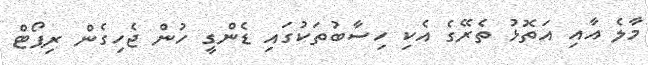
މާލެ އާއި އަތޮޅު ތެރޭގެ އެކި ހިސާބުތަކުގައި ޑެންގީ ހުން ޖެހިގެން ރިޕޯޓް